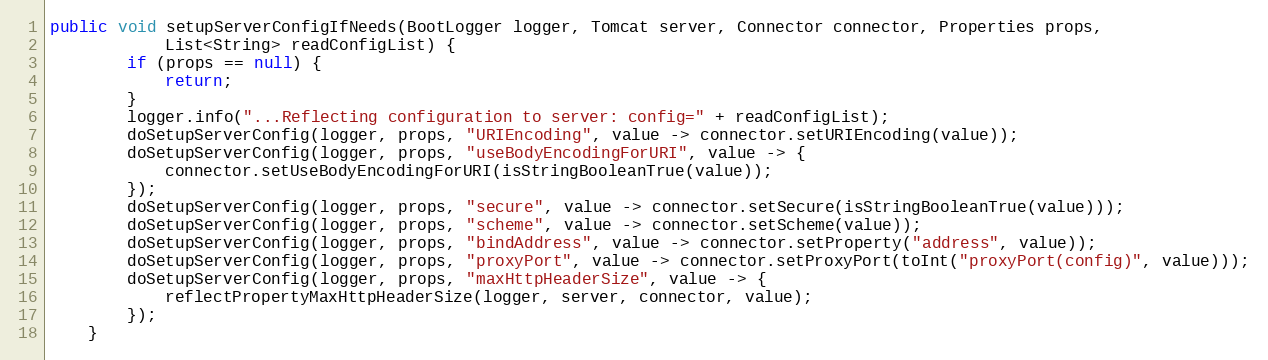
Language: Java
public void setupServerConfigIfNeeds(BootLogger logger, Tomcat server, Connector connector, Properties props,
            List<String> readConfigList) {
        if (props == null) {
            return;
        }
        logger.info("...Reflecting configuration to server: config=" + readConfigList);
        doSetupServerConfig(logger, props, "URIEncoding", value -> connector.setURIEncoding(value));
        doSetupServerConfig(logger, props, "useBodyEncodingForURI", value -> {
            connector.setUseBodyEncodingForURI(isStringBooleanTrue(value));
        });
        doSetupServerConfig(logger, props, "secure", value -> connector.setSecure(isStringBooleanTrue(value)));
        doSetupServerConfig(logger, props, "scheme", value -> connector.setScheme(value));
        doSetupServerConfig(logger, props, "bindAddress", value -> connector.setProperty("address", value));
        doSetupServerConfig(logger, props, "proxyPort", value -> connector.setProxyPort(toInt("proxyPort(config)", value)));
        doSetupServerConfig(logger, props, "maxHttpHeaderSize", value -> {
            reflectPropertyMaxHttpHeaderSize(logger, server, connector, value);
        });
    }